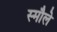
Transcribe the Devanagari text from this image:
स्मौले